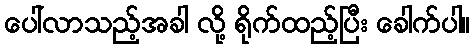
ပေါ်လာသည့်အခါ လို့ ရိုက်ထည့်ပြီး ခေါက်ပါ။